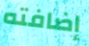
إضافته